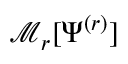
\mathcal { M } _ { r } [ \Psi ^ { ( r ) } ]